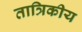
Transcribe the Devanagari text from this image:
तात्रिकीय